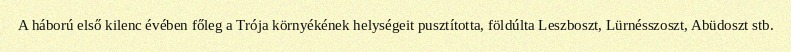
A háború első kilenc évében főleg a Trója környékének helységeit pusztította, földúlta Leszboszt, Lürnésszoszt, Abüdoszt stb.